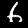
Digit: 6